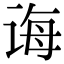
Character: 诲